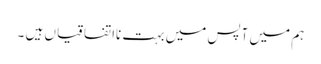
ہم میں آپس میں بہت نااتفاقیاں ہیں ۔